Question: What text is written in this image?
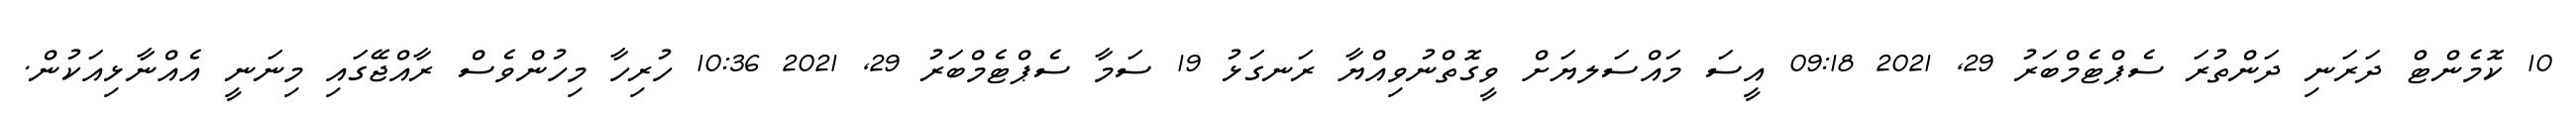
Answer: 10 ކޮމެންޓް ދަރަނި ދަންތުރަ ސެޕްޓެމްބަރު 29, 2021 09:18 އީސަ މައްސަލޔަށް ވީގޮތްނުވިއްޔާ ރަނގަޅު 19 ސަމާ ސެޕްޓެމްބަރު 29, 2021 10:36 ހުރިހާ މިހުންވެސް ރާއްޖޭގައި މިނަނީ އެއްނާޅިއަކުން.